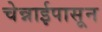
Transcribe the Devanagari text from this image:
चेन्नाईपासून